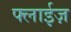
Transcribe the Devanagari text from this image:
फ्लाईज़